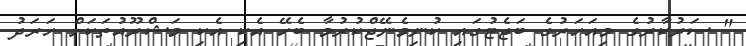
" ސަރުކާރުގެ މިއަހަރުގެ ބަޖެޓުގައި ކުނިމެނޭޖްކުރުމާ ބެހޭ އެކި އެކި މަޝްރޫއުތަކަށް ހަރަދު